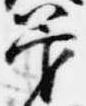
管